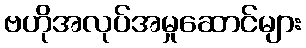
ဗဟိုအလုပ်အမှုဆောင်များ